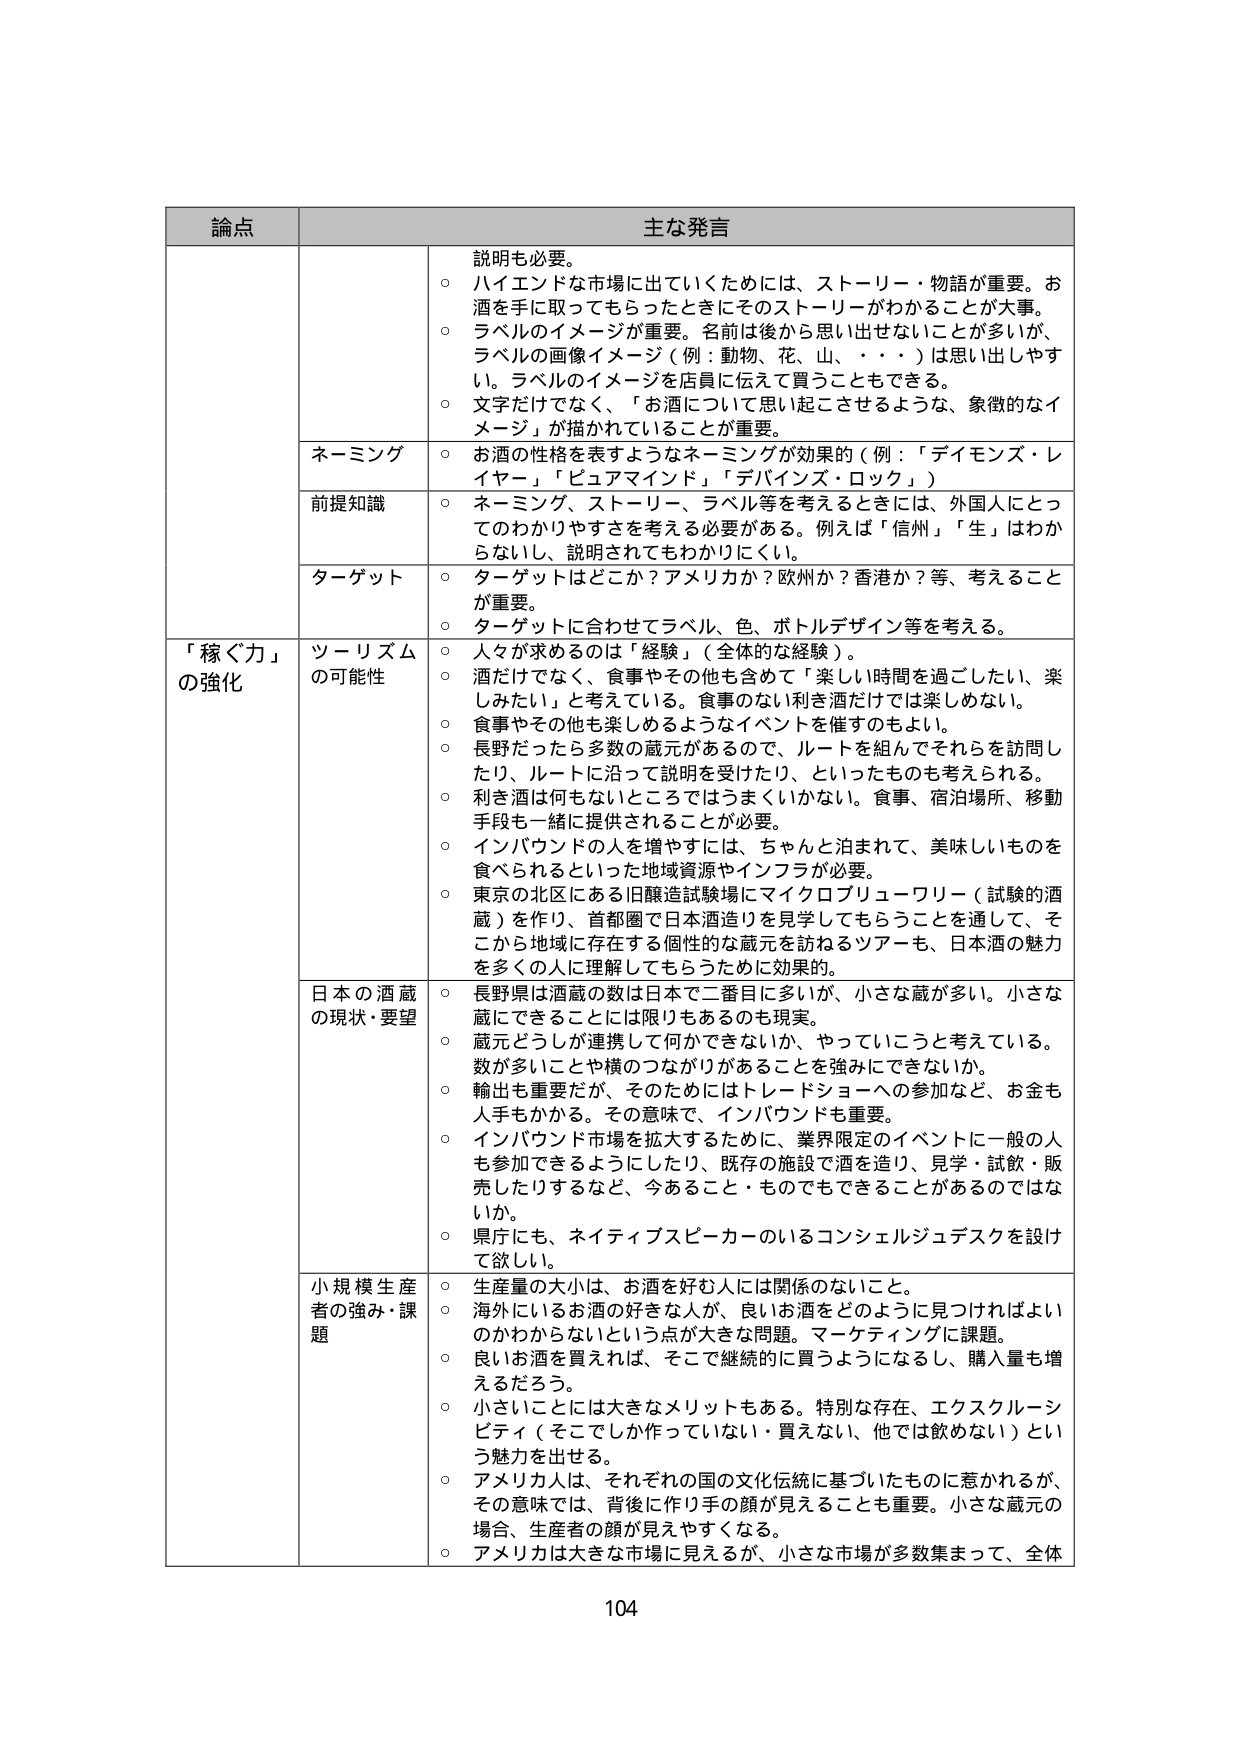
論点 主な発言
説明も必要。
○ ハイエンドな市場に出ていくためには、ストーリー・物語が重要。お酒を手に取ってもらったときにそのストーリーがわかることが大事。
○ ラベルのイメージが重要。名前は後から思い出せないことが多いが、ラベルの画像イメージ（例：動物、花、山、・・・）は思い出しやすい。ラベルのイメージを店員に伝えて買うこともできる。
○ 文字だけでなく、「お酒について思い起こさせるような、象徴的なイメージ」が描かれていることが重要。

ネーミング
○ お酒の性格を表すようなネーミングが効果的（例：「ディモンズ・レイヤー」「ピュアマインド」「デバイン・ロック」）

前提知識
○ ネーミング、ストーリー、ラベル等を考えるときには、外国人にとってのわかりやすさを考える必要がある。例えば「信州」「生」はわからないし、説明されてもわかりにくい。

ターゲット
○ ターゲットはどこか？アメリカか？欧州か？香港か？等、考えることが重要。
○ ターゲットに合わせてラベル、色、ボトルデザイン等を考える。

「稼ぐ力」の強化
ツーリズムの可能性
○ 人々が求めるのは「経験」（全体的な経験）。
○ 酒だけでなく、食事やその他も含めて「楽しい時間を過ごしたい、楽しみたい」と考えている。食事のない利き酒だけでは楽しめない。
○ 食事やその他も楽しめるようなイベントを催すのもよい。
○ 長野だったら多数の蔵元があるので、ルートを組んでそれらを訪問したり、ルートに沿って説明を受けたり、といったものも考えられる。
○ 利き酒は何もないところではうまくいかない。食事、宿泊場所、移動手段も一緒に提供されることが必要。
○ インバウンドの人を増やすには、ちゃんと泊まれて、美味しいものを食べられるといった地域資源やインフラが必要。
○ 東京の北区にある旧醸造試験場にマイクロブルワーワリー（試験の酒蔵）を作り、首都圏で日本酒造りを見学してもらうことを通して、そこから地域に存在する個性的な蔵元を訪ねるツアーも、日本酒の魅力を多くの人に理解してもらうために効果的。

日本の酒蔵の現状・要望
○ 長野県は酒蔵の数は日本で二番目に多いが、小さな蔵が多い。小さな蔵にできることには限りもあるのも現実。
○ 蔵元どうしが連携して何かできないか、やっていこうと考えている。数が多いことや横のつながりがあることを強みにできないか。
○ 輸出も重要だが、そのためにはトレードショーへの参加など、お金も人手もかかる。その意味で、インバウンドも重要。
○ インバウンド市場を拡大するために、業界限定のイベントに一般人も参加できるようにしたり、既存の施設で酒を造り、見学・試飲・販売したりするなど、今あること・ものでもできることがあるのではないかな。
○ 県庁にも、ネイティブスピーカーのいるコンシェルジュデスクを設けて欲しい。

小規模生産者の強み・課題
○ 生産量の大小は、お酒を好む人には関係のないこと。
○ 海外にいるお酒の好きな人が、良いお酒をどのように見つければよいのかわからないという点が大きな問題。マーケティングに課題。
○ 良いお酒を買えれば、そこで継続的に買うようになるし、購入量も増えるだろう。
○ 小さいことには大きなメリットもある。特別な存在、エクスクルーシビティ（そこではしか作っていない・買えない、他では飲めない）という魅力を出せる。
○ アメリカ人は、それぞれの国の文化伝統に基づいたものに惹かれるが、その意味では、背後に作り手の顔が見えることも重要。小さな蔵元の場合、生産者の顔が見えやすくなる。
○ アメリカは大きな市場に見えるが、小さな市場が多数集まって、全体

104